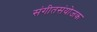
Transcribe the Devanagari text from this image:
संगीतसंयोजक